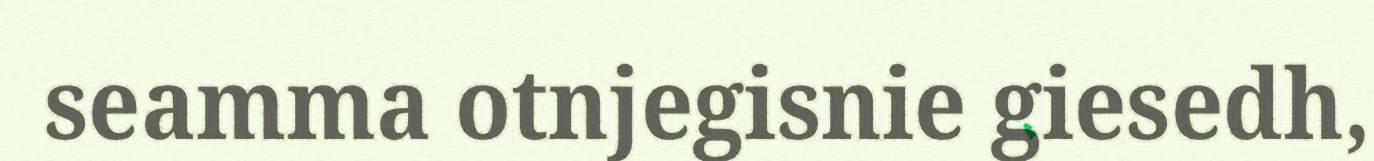
seamma otnjegisnie giesedh,